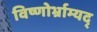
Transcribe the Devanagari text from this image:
विष्णोर्भ्राम्यद्